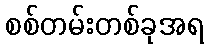
စစ်တမ်းတစ်ခုအရ